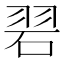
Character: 𮵒